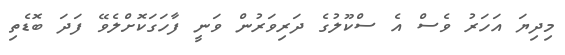
މިދިޔަ އަހަރު ވެސް އެ ސްކޫލުގެ ދަރިވަރުން ވަނީ ފާހަގަކޮށްލެވޭ ފަދަ ބޮޑެތި